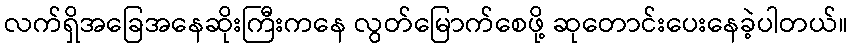
လက်ရှိအခြေအနေဆိုးကြီးကနေ လွတ်မြောက်စေဖို့ ဆုတောင်းပေးနေခဲ့ပါတယ်။